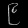
Digit: ၉